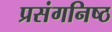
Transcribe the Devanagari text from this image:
प्रसंगनिष्ठ